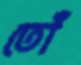
তোঁ